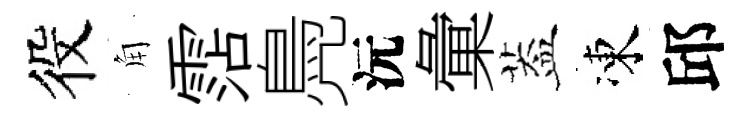
役角霑鳧沅彙葢凍邱